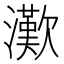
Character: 𤁤